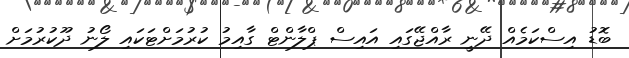
ބޮޑު އިސްކަމެއް ދޭނީ ރާއްޖޭގައި އައިސް ޕްލާންޓް ގާއިމު ކުރުމަށްޓަކައި ލޯނު ދޫކުރުމަށް